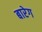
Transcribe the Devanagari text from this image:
बारेग